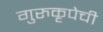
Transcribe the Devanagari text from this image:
गुरुकृपेची